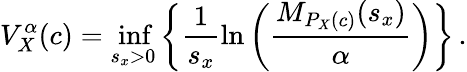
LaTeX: V_{X}^{\alpha}(c)=\operatorname*{inf}_{s_{x}>0}\left\{ \frac{1}{s_{x}}\ln\left(\frac{M_{P_{X}(c)}(s_{x})}{\alpha}\right)\right\} \, .